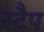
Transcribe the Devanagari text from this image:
स्टैप